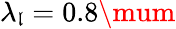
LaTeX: \lambda_{\mathfrak{l}}=0.8\mum